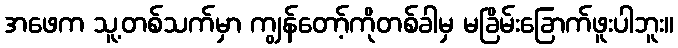
အဖေက သူ့တစ်သက်မှာ ကျွန်တော့်ကိုတစ်ခါမှ မခြိမ်းခြောက်ဖူးပါဘူး။